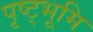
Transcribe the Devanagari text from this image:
पृष्ट्भूमि